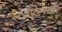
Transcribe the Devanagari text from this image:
श्वेफेलके